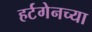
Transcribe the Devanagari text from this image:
हर्टगेनच्या